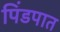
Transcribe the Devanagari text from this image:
पिंडपात